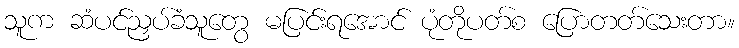
သူက ဆံပင်ညှပ်ခံသူတွေ မပြင်းရအောင် ပုံတိုပတ်စ ပြောတတ်သေးတာ။